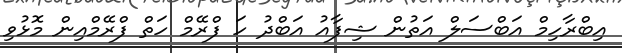
އިބްރާހިމް އަބްސަލް އަތުން ޝިފާއު އަބްދު ހަ ފްރޭމް ހަތް ފްރޭމްއިން މޮޅުވި